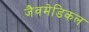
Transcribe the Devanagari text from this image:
जैवमेडिकल